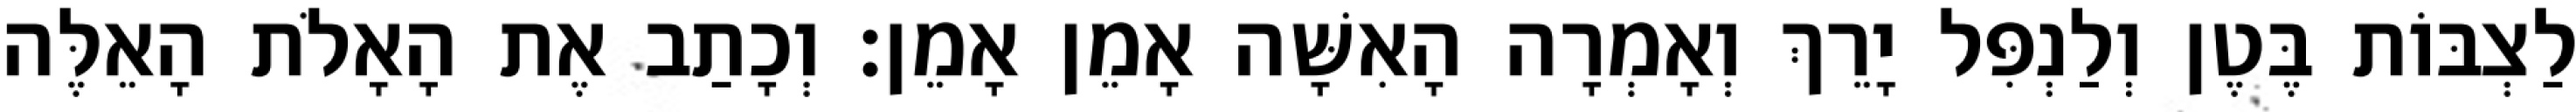
לַצְבּוֹת בֶּטֶן וְלַנְפִּל יָרֵךְ וְאָמְרָה הָאִשָּׁה אָמֵן אָמֵן׃ וְכָתַב אֶת הָאָלֹת הָאֵלֶּה